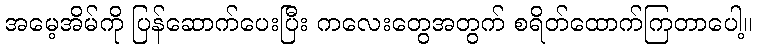
အမေ့အိမ်ကို ပြန်ဆောက်ပေးပြီး ကလေးတွေအတွက် စရိတ်ထောက်ကြတာပေါ့။